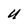
Character: U